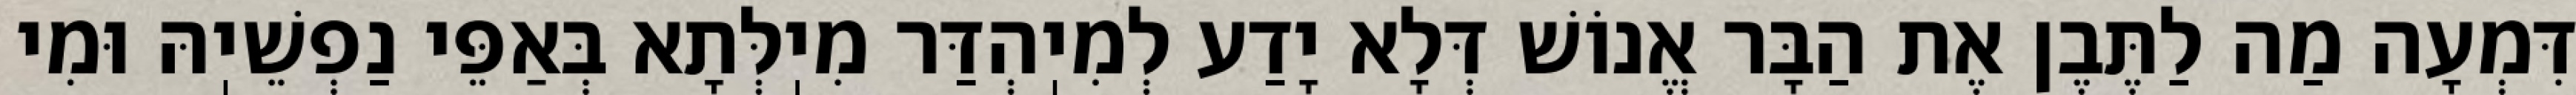
דִּמְעָה מַה לַתֶּבֶן אֶת הַבָּר אֱנוֹשׁ דְּלָא יָדַע לְמִיֽהְדַּר מִיֽלְּתָא בְּאַפֵּי נַפְשֵׁיֽהּ וּמִי